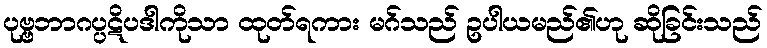
ပုဗ္ဗဘာဂပ္ပဋိပဒါကိုသာ ထုတ်ရကား မဂ်သည် ဥပါယမည်၏ဟု ဆိုခြင်းသည်